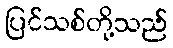
ပြင်သစ်တို့သည်